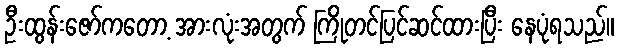
ဦးထွန်းဇော်ကတော့ အားလုံးအတွက် ကြိုတင်ပြင်ဆင်ထားပြီး နေပုံရသည်။